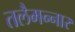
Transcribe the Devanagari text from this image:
तलैमन्‍नार